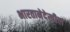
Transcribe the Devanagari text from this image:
भारतानेदेखील